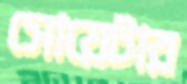
সোয়েটার